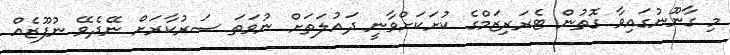
މި ގާނޫނުގައިވާ ގޮތުން ޓެރަރިޒަމްގެ ކުށަކަށްވާނީ ދައުލަތަށް ނުވަތަ ސަރުކާރަށް ނޭދެވޭ ނުފޫޒެއް